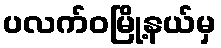
ပလက်ဝမြို့နယ်မှ